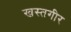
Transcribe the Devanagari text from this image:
खस्तगीर